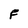
Character: F